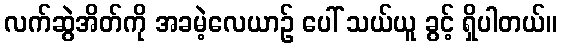
လက်ဆွဲအိတ်ကို အခမဲ့လေယာဉ် ပေါ် သယ်ယူ ခွင့် ရှိပါတယ်။